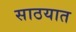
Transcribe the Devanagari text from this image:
साठयात